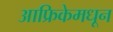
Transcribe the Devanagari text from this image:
आफ्रिकेमधून